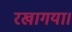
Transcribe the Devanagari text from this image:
रखागया।